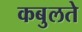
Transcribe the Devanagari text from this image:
कबुलते